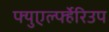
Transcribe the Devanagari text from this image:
फ्युएर्ल्फ्हेरिउप